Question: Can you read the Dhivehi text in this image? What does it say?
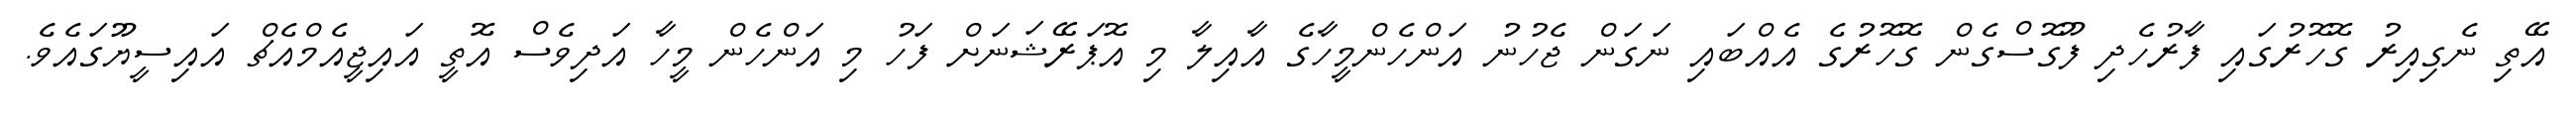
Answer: އޭތި ނެގިއިރު ގޮހޮރުގައި ފާރުހެދި ފޫގޮސްގެން ގޮހޮރުގެ އެއްބައި ނަގަން ޖެހުނު އަންހެންމީހާގެ އާއިލާ މި އޮޕަރޭޝަނަށް ފަހު މި އަންހެން މީހާ އަދިވެސް އޮތީ އައިޖީއެމްއެޗް އައިސީޔޫގައެވެ.